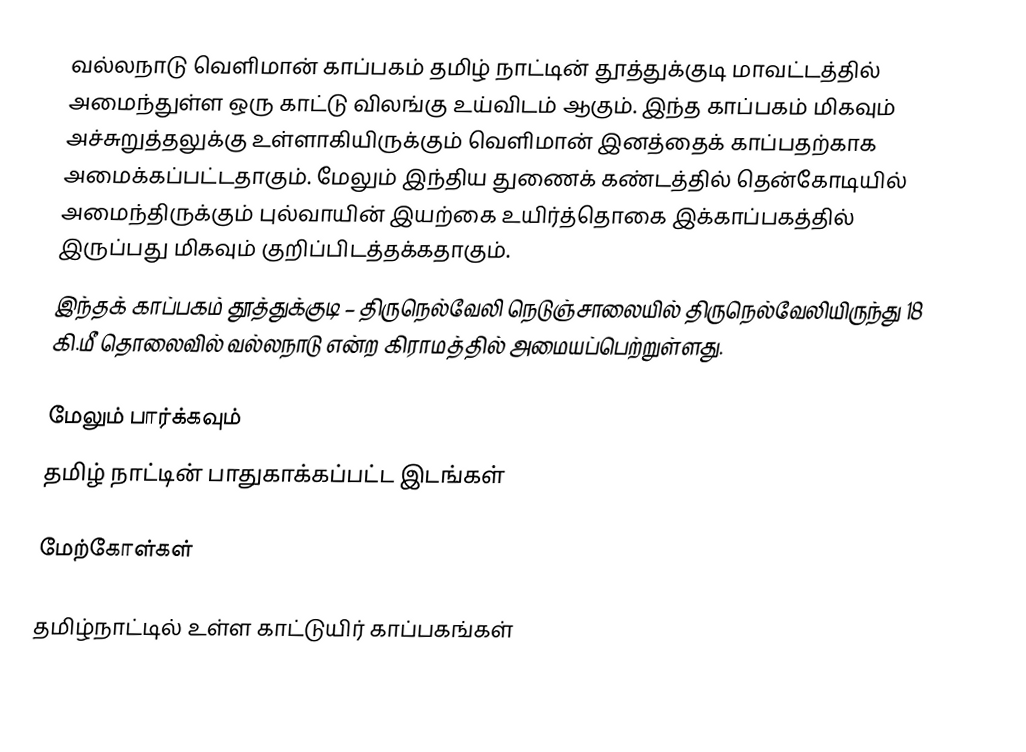
வல்லநாடு வெளிமான் காப்பகம் தமிழ் நாட்டின் தூத்துக்குடி மாவட்டத்தில் அமைந்துள்ள ஒரு காட்டு விலங்கு உய்விடம் ஆகும். இந்த காப்பகம் மிகவும் அச்சுறுத்தலுக்கு உள்ளாகியிருக்கும் வெளிமான் இனத்தைக் காப்பதற்காக அமைக்கப்பட்டதாகும். மேலும் இந்திய துணைக் கண்டத்தில் தென்கோடியில் அமைந்திருக்கும் புல்வாயின் இயற்கை உயிர்த்தொகை இக்காப்பகத்தில் இருப்பது மிகவும் குறிப்பிடத்தக்கதாகும்.
இந்தக் காப்பகம் தூத்துக்குடி – திருநெல்வேலி நெடுஞ்சாலையில் திருநெல்வேலியிருந்து 18 கி.மீ தொலைவில் வல்லநாடு என்ற கிராமத்தில் அமையப்பெற்றுள்ளது.

மேலும் பார்க்கவும்
 தமிழ் நாட்டின் பாதுகாக்கப்பட்ட இடங்கள்

மேற்கோள்கள்

தமிழ்நாட்டில் உள்ள காட்டுயிர் காப்பகங்கள்